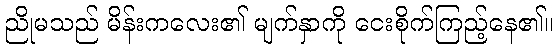
ညိုမသည် မိန်းကလေး၏ မျက်နှာကို ငေးစိုက်ကြည့်နေ၏။